65_HS1-834228961_62-HQ-83894_Section_9
Agency: FBI
Page 19
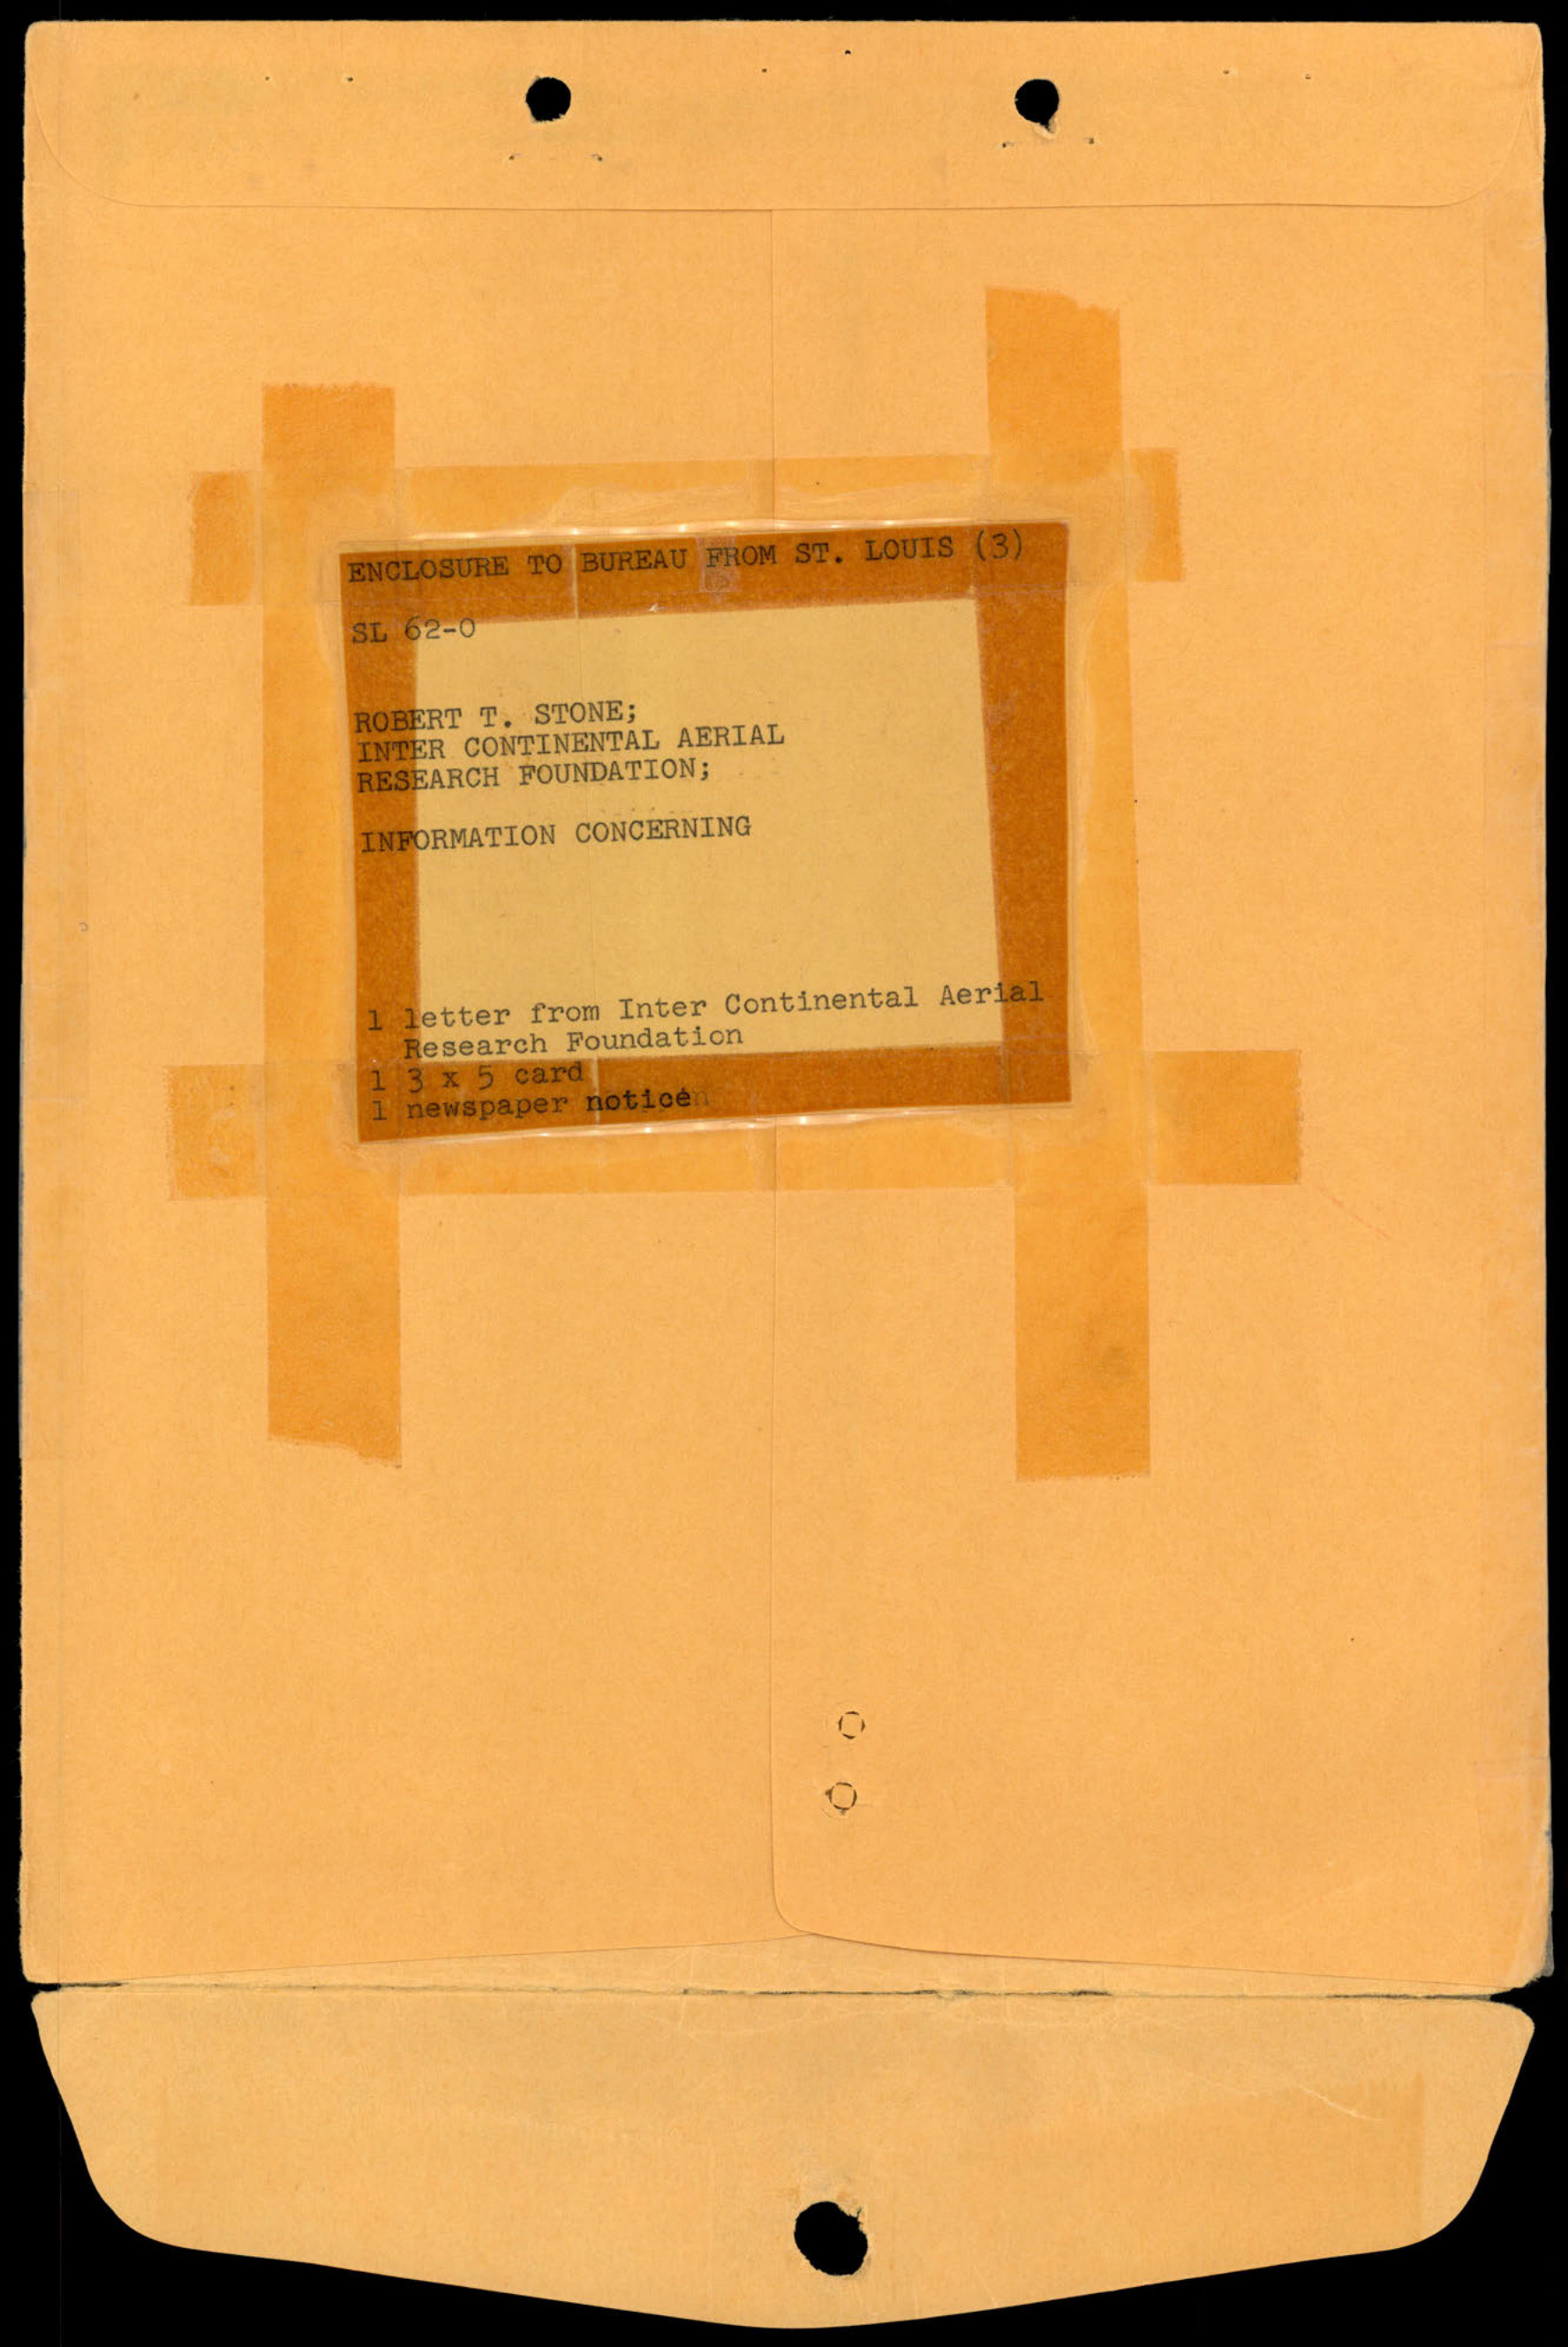